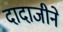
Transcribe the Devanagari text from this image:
दादाजीने